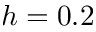
h = 0 . 2